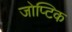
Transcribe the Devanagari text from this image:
जोप्टिक